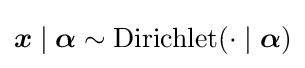
{\boldsymbol {x}}\mid {\boldsymbol {\alpha }}\sim \operatorname {Dirichlet} (\cdot \mid {\boldsymbol {\alpha }})